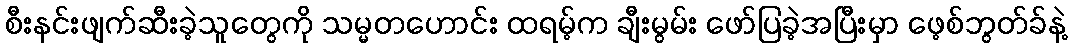
စီးနင်းဖျက်ဆီးခဲ့သူတွေကို သမ္မတဟောင်း ထရမ့်က ချီးမွမ်း ဖော်ပြခဲ့အပြီးမှာ ဖေ့စ်ဘွတ်ခ်နဲ့